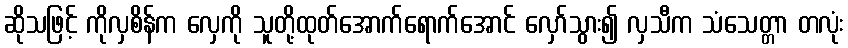
ဆိုသဖြင့် ကိုလှစိန်က လှေကို သူတို့ထုတ်အောက်ရောက်အောင် လှော်သွား၍ လှသီက သံသေတ္တာ တလုံး